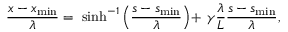
\frac { x - x _ { \mathrm { m i n } } } { \lambda } = ~ \sinh ^ { - 1 } \left( \frac { s - s _ { \mathrm { m i n } } } { \lambda } \right) \! + ~ \! \gamma \frac { \lambda } { L } \frac { s - s _ { \operatorname* { m i n } } } { \lambda } ,